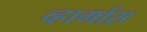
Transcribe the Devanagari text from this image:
व्हार्गास